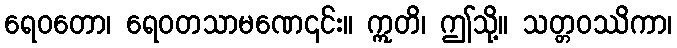
ရေဝတော၊ ရေဝတသာမဏေ၎င်း။ ဣတိ၊ ဤသို့။ သတ္တဝဿိကာ၊